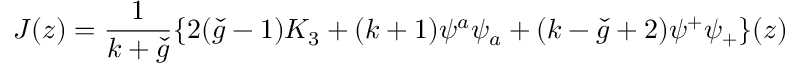
J ( z ) = \frac { 1 } { k + \check { g } } \{ 2 ( \check { g } - 1 ) K _ { 3 } + ( k + 1 ) \psi ^ { a } \psi _ { a } + ( k - \check { g } + 2 ) \psi ^ { + } \psi _ { + } \} ( z )